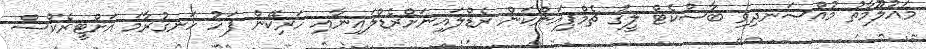
މައުލޫމާތު މުއްސަނދިވި ބާސްކެޓް ލީގު ޗެމްޕިއަންކަން ރެޑްލައިނަށްރެޑްލައިނާއި ހަރިކޭން ފަހު ހަނގުރާމަ އަށްޓީރެކްސް